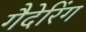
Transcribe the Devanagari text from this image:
गैदेरिंग